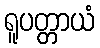
ရူပတ္တာယံ